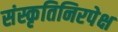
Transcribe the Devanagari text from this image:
संस्कृतिनिरपेक्ष